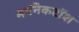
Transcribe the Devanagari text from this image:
मानिकटॉश